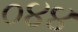
૦૪૪